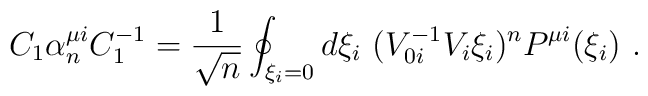
C_1\alpha _n^{\mu i}C_1^{-1}=\frac{1}{\sqrt{n}}\oint _{\xi _i=0}d\xi _i\ (V_{0i}^{-1}V_i\xi _i)^nP^{\mu i}(\xi _i)\ .